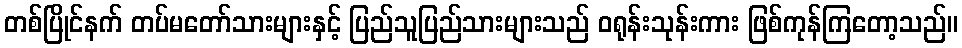
တစ်ပြိုင်နက် တပ်မတော်သားများနှင့် ပြည်သူပြည်သားများသည် ဝရုန်းသုန်းကား ဖြစ်ကုန်ကြတော့သည်။